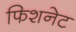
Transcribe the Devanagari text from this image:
फिशनेट